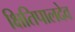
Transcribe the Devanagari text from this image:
क्षितिपालदेव